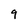
Character: 9